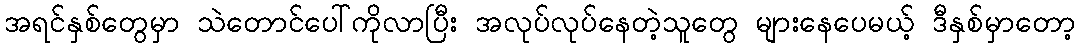
အရင်နှစ်တွေမှာ သဲတောင်ပေါ်ကိုလာပြီး အလုပ်လုပ်နေတဲ့သူတွေ များနေပေမယ့် ဒီနှစ်မှာတော့